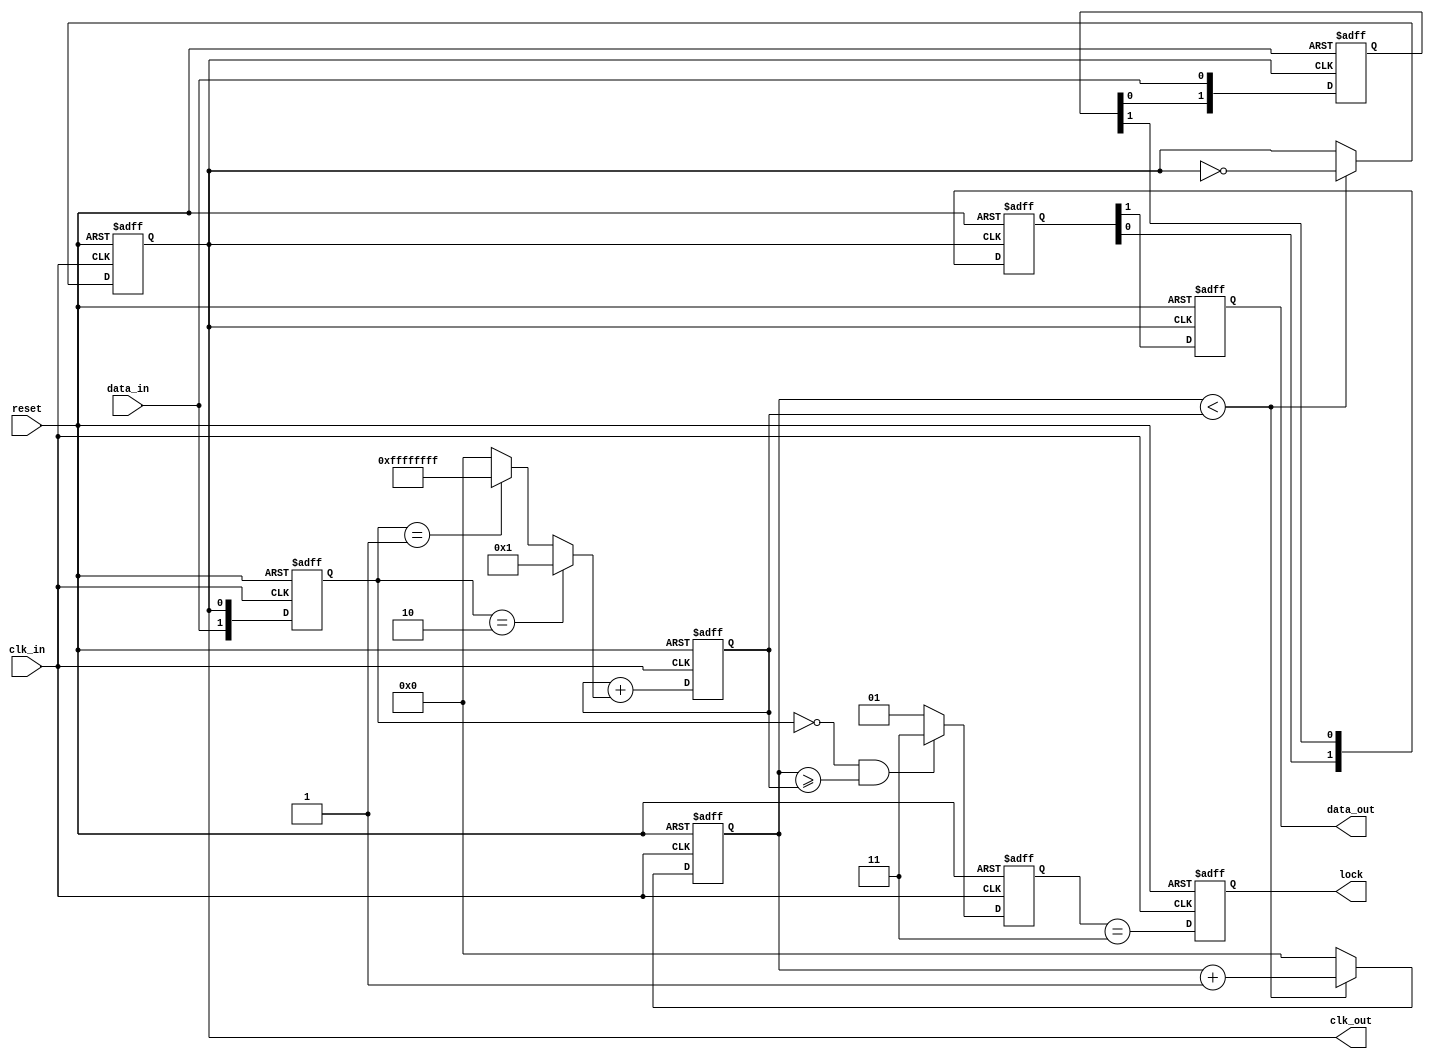
module pll_synchronizer (
    input wire clk_in,                // Incoming clock signal
    input wire data_in,               // Incoming data signal
    input wire reset,                 // Asynchronous reset
    output reg clk_out,               // Synchronized output clock
    output reg data_out,              // Synchronized output data
    output reg lock                   // Lock signal
);

    // Parameters for Loop Filter
    parameter integer N = 4;          // VCO tuning factor
    reg [1:0] phase_error;            // Phase error signal
    reg [31:0] control_signal;         // Control signal for VCO
    reg [31:0] vco_count;              // VCO counter
    reg [1:0] state;                  // State for lock detection
    reg [1:0] sync_stage1, sync_stage2; // Synchronizer stages

    // Phase Detector: Simple XOR-based phase detector
    always @(posedge clk_in or posedge reset) begin
        if (reset) begin
            phase_error <= 2'b00;
        end else begin
            phase_error <= {data_in, clk_out}; // Sample phase comparison
        end
    end

    // Loop Filter: Simple first-order filter
    always @(posedge clk_in or posedge reset) begin
        if (reset) begin
            control_signal <= 32'b0;
        end else begin
            control_signal <= control_signal + (phase_error == 2'b10 ? 1 : (phase_error == 2'b01 ? -1 : 0));
        end
    end

    // Voltage-Controlled Oscillator (VCO)
    always @(posedge clk_in or posedge reset) begin
        if (reset) begin
            vco_count <= 32'b0;
            clk_out <= 0;
        end else begin
            if (vco_count < control_signal) begin
                clk_out <= ~clk_out; // Toggle output clock
                vco_count <= vco_count + 1;
            end else begin
                vco_count <= 32'b0;
            end
        end
    end

    // Multi-stage Synchronizer
    always @(posedge clk_out or posedge reset) begin
        if (reset) begin
            sync_stage1 <= 2'b00;
            sync_stage2 <= 2'b00;
        end else begin
            sync_stage1 <= {sync_stage1[0], data_in}; // First stage
            sync_stage2 <= {sync_stage2[0], sync_stage1[1]}; // Second stage
        end
    end

    // Output Data
    always @(posedge clk_out or posedge reset) begin
        if (reset) begin
            data_out <= 1'b0;
        end else begin
            data_out <= sync_stage2[1]; // Capture synchronized data
        end
    end

    // Lock Detection (basic example)
    always @(posedge clk_in or posedge reset) begin
        if (reset) begin
            lock <= 1'b0;
            state <= 2'b00;
        end else begin
            if (phase_error == 2'b00 && vco_count >= control_signal) begin
                state <= 2'b11; // Locked state
            end else begin
                state <= 2'b01; // Unlocked state
            end
            lock <= (state == 2'b11);
        end
    end

endmodule